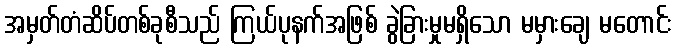
အမှတ်တံဆိပ်တစ်ခုစီသည် ကြယ်ပုနက်အဖြစ် ခွဲခြားမှုမရှိသော မမှားချေ မတောင်း